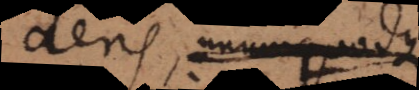
aëris, unumquodque